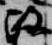
政